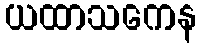
ယထာသကေန